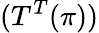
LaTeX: (T^{T}(\pi))